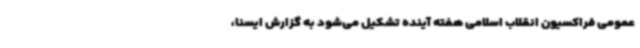
عمومی فراکسیون انقلاب اسلامی هفته آینده تشکیل می‌شود به گزارش ایسنا،